Report of the Indian Hemp Drugs Commission, 1894-1895 - Volume V
Year: 1894
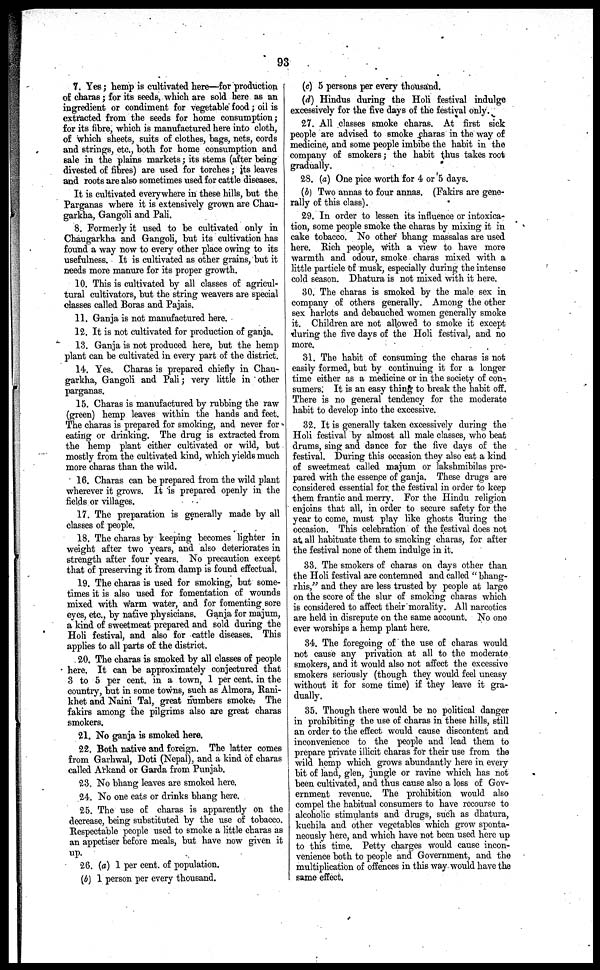
93
7. Yes; hemp is cultivated here—for production
of charas; for its seeds, which are sold here as an
ingredient or condiment for vegetable food; oil is
extracted from the seeds for home consumption;
for its fibre, which is manufactured here into cloth,
of which sheets, suits of clothes, bags, nets, cords
and strings, etc., both for home consumption and
sale in the plains markets; its stems (after being
divested of fibres) are used for torches; its leaves
and roots are also sometimes used for cattle diseases.
It is cultivated everywhere in these hills, but the
Parganas where it is extensively grown are Chau-
garkha, Gangoli and Pali.
8. Formerly it used to be cultivated only in
Chaugarkha and Gangoli, but its cultivation has
found a way now to every other place owing to its
usefulness. It is cultivated as other grains, but it
needs more manure for its proper growth.
10. This is cultivated by all classes of agricul-
tural cultivators, but the string weavers are special
classes called Boras and Pajais.
11. Ganja is not manufactured here.
12. It is not cultivated for production of ganja.
13. Ganja is not produced here, but the hemp
plant can be cultivated in every part of the district.
14. Yes. Charas is prepared chiefly in Chau-
garkha, Gangoli and Pali; very little in other
parganas.
15. Charas is manufactured by rubbing the raw
(green) hemp leaves within the hands and feet.
The charas is prepared for smoking, and never for
eating or drinking. The drug is extracted from
the hemp plant either cultivated or wild, but
mostly from the cultivated kind, which yields much
more charas than the wild.
16. Charas can be prepared from the wild plant
wherever it grows. It is prepared openly in the
fields or villages.
17. The preparation is generally made by all
classes of people.
18. The charas by keeping becomes lighter in
weight after two years, and also deteriorates in
strength after four years. No precaution except
that of preserving it from damp is found effectual.
19. The charas is used for smoking, but some-
times it is also used for fomentation of wounds
mixed with warm water, and for fomenting sore
eyes, etc., by native physicians. Ganja for majum,
a kind of sweetmeat prepared and sold during the
Holi festival, and also for cattle diseases. This
applies to all parts of the district.
20. The charas is smoked by all classes of people
here. It can be approximately conjectured that
3 to 5 per cent. in a town, 1 per cent. in the
country, but in some towns, such as Almora, Rani-
khet and Naini Tal, great numbers smoke. The
fakirs among the pilgrims also are great charas
smokers.
21. No ganja is smoked here.
22. Both native and foreign. The latter comes
from Garhwal, Doti (Nepal), and a kind of charas
called Arkand or Garda from Punjab.
23. No bhang leaves are smoked hero.
24. No one cats or drinks bhang here.
25. The use of charas is apparently on the
decrease, being substituted by the use of tobacco.
Respectable people used to smoke a little charas as
an appetiser before meals, but have now given it
up.
26. (a) 1 per cent. of population.
(b) 1 person per every thousand.
(c) 5 persons per every thousand.
(d) Hindus during the Holi festival indulge
excessively for the five days of the festival only.
27. All classes smoke charas. At first sick
people are advised to smoke charas in the way of
medicine, and some people imbibe the habit in the
company of smokers; the habit thus takes root
gradually.
28. (a) One pice worth for 4 or 5 days.
(b) Two annas to four annas. (Fakirs are gene-
rally of this class).
29. In order to lessen its influence or intoxica-
tion, some people smoke the charas by mixing it in
cake tobacco. No other bhang massalas are used
here. Rich people, with a view to have more
warmth and odour, smoke charas mixed with a
little particle of musk, especially during the intense
cold season. Dhatura is not mixed with it here.
30. The charas is smoked by the male sex in
company of others generally. Among the other
sex harlots and debauched women generally smoke
it. Children are not allowed to smoke it except
during the five days of the Holi festival, and no
more.
31. The habit of consuming the charas is not
easily formed, but by continuing it for a longer
time either as a medicine or in the society of con-
sumers. It is an easy thing to break the habit off.
There is no general tendency for the moderate
habit to develop into the excessive.
32. It is generally taken excessively during the
Holi festival by almost all male classes, who beat
drums, sing and dance for the five days of the
festival. During this occasion they also eat a kind
of sweetmeat called majum or lakshmibilas pre-
pared with the essence of ganja. These drugs are
considered essential for the festival in order to keep
them frantic and merry. For the Hindu religion
enjoins that all, in order to secure safety for the
year to come, must play like ghosts during the
occasion. This celebration of the festival does not
at all habituate them to smoking charas, for after
the festival none of them indulge in it.
33. The smokers of charas on days other than
the Holi festival are contemned and called " bhang-
rhis," and they are less trusted by people at largo
on the score of the slur of smoking charas which
is considered to affect their morality. All narcotics
are held in disrepute on the same account. No one
ever worships a hemp plant here.
34. The foregoing of the use of charas would
not cause any privation at all to the moderate
smokers, and it would also not affect the excessive
smokers seriously (though they would feel uneasy
without it for some time) if they leave it gra-
dually.
35. Though there would be no political danger
in prohibiting the use of charas in these hills, still
an order to the effect would cause discontent and
inconvenience to the people and lead them to
prepare private illicit charas for their use from the
wild hemp which grows abundantly here in every
bit of land, glen, jungle or ravine which has not
been cultivated, and thus cause also a loss of Gov-
ernment revenue. The prohibition would also
compel the habitual consumers to have recourse to
alcoholic stimulants and drugs, such as dhatura,
kuchila and other vegetables which grow sponta-
neously here, and which have not been used here up
to this time. Petty charges would cause incon-
venience both to people and Government, and the
multiplication of offences in this way would have the
same effect.